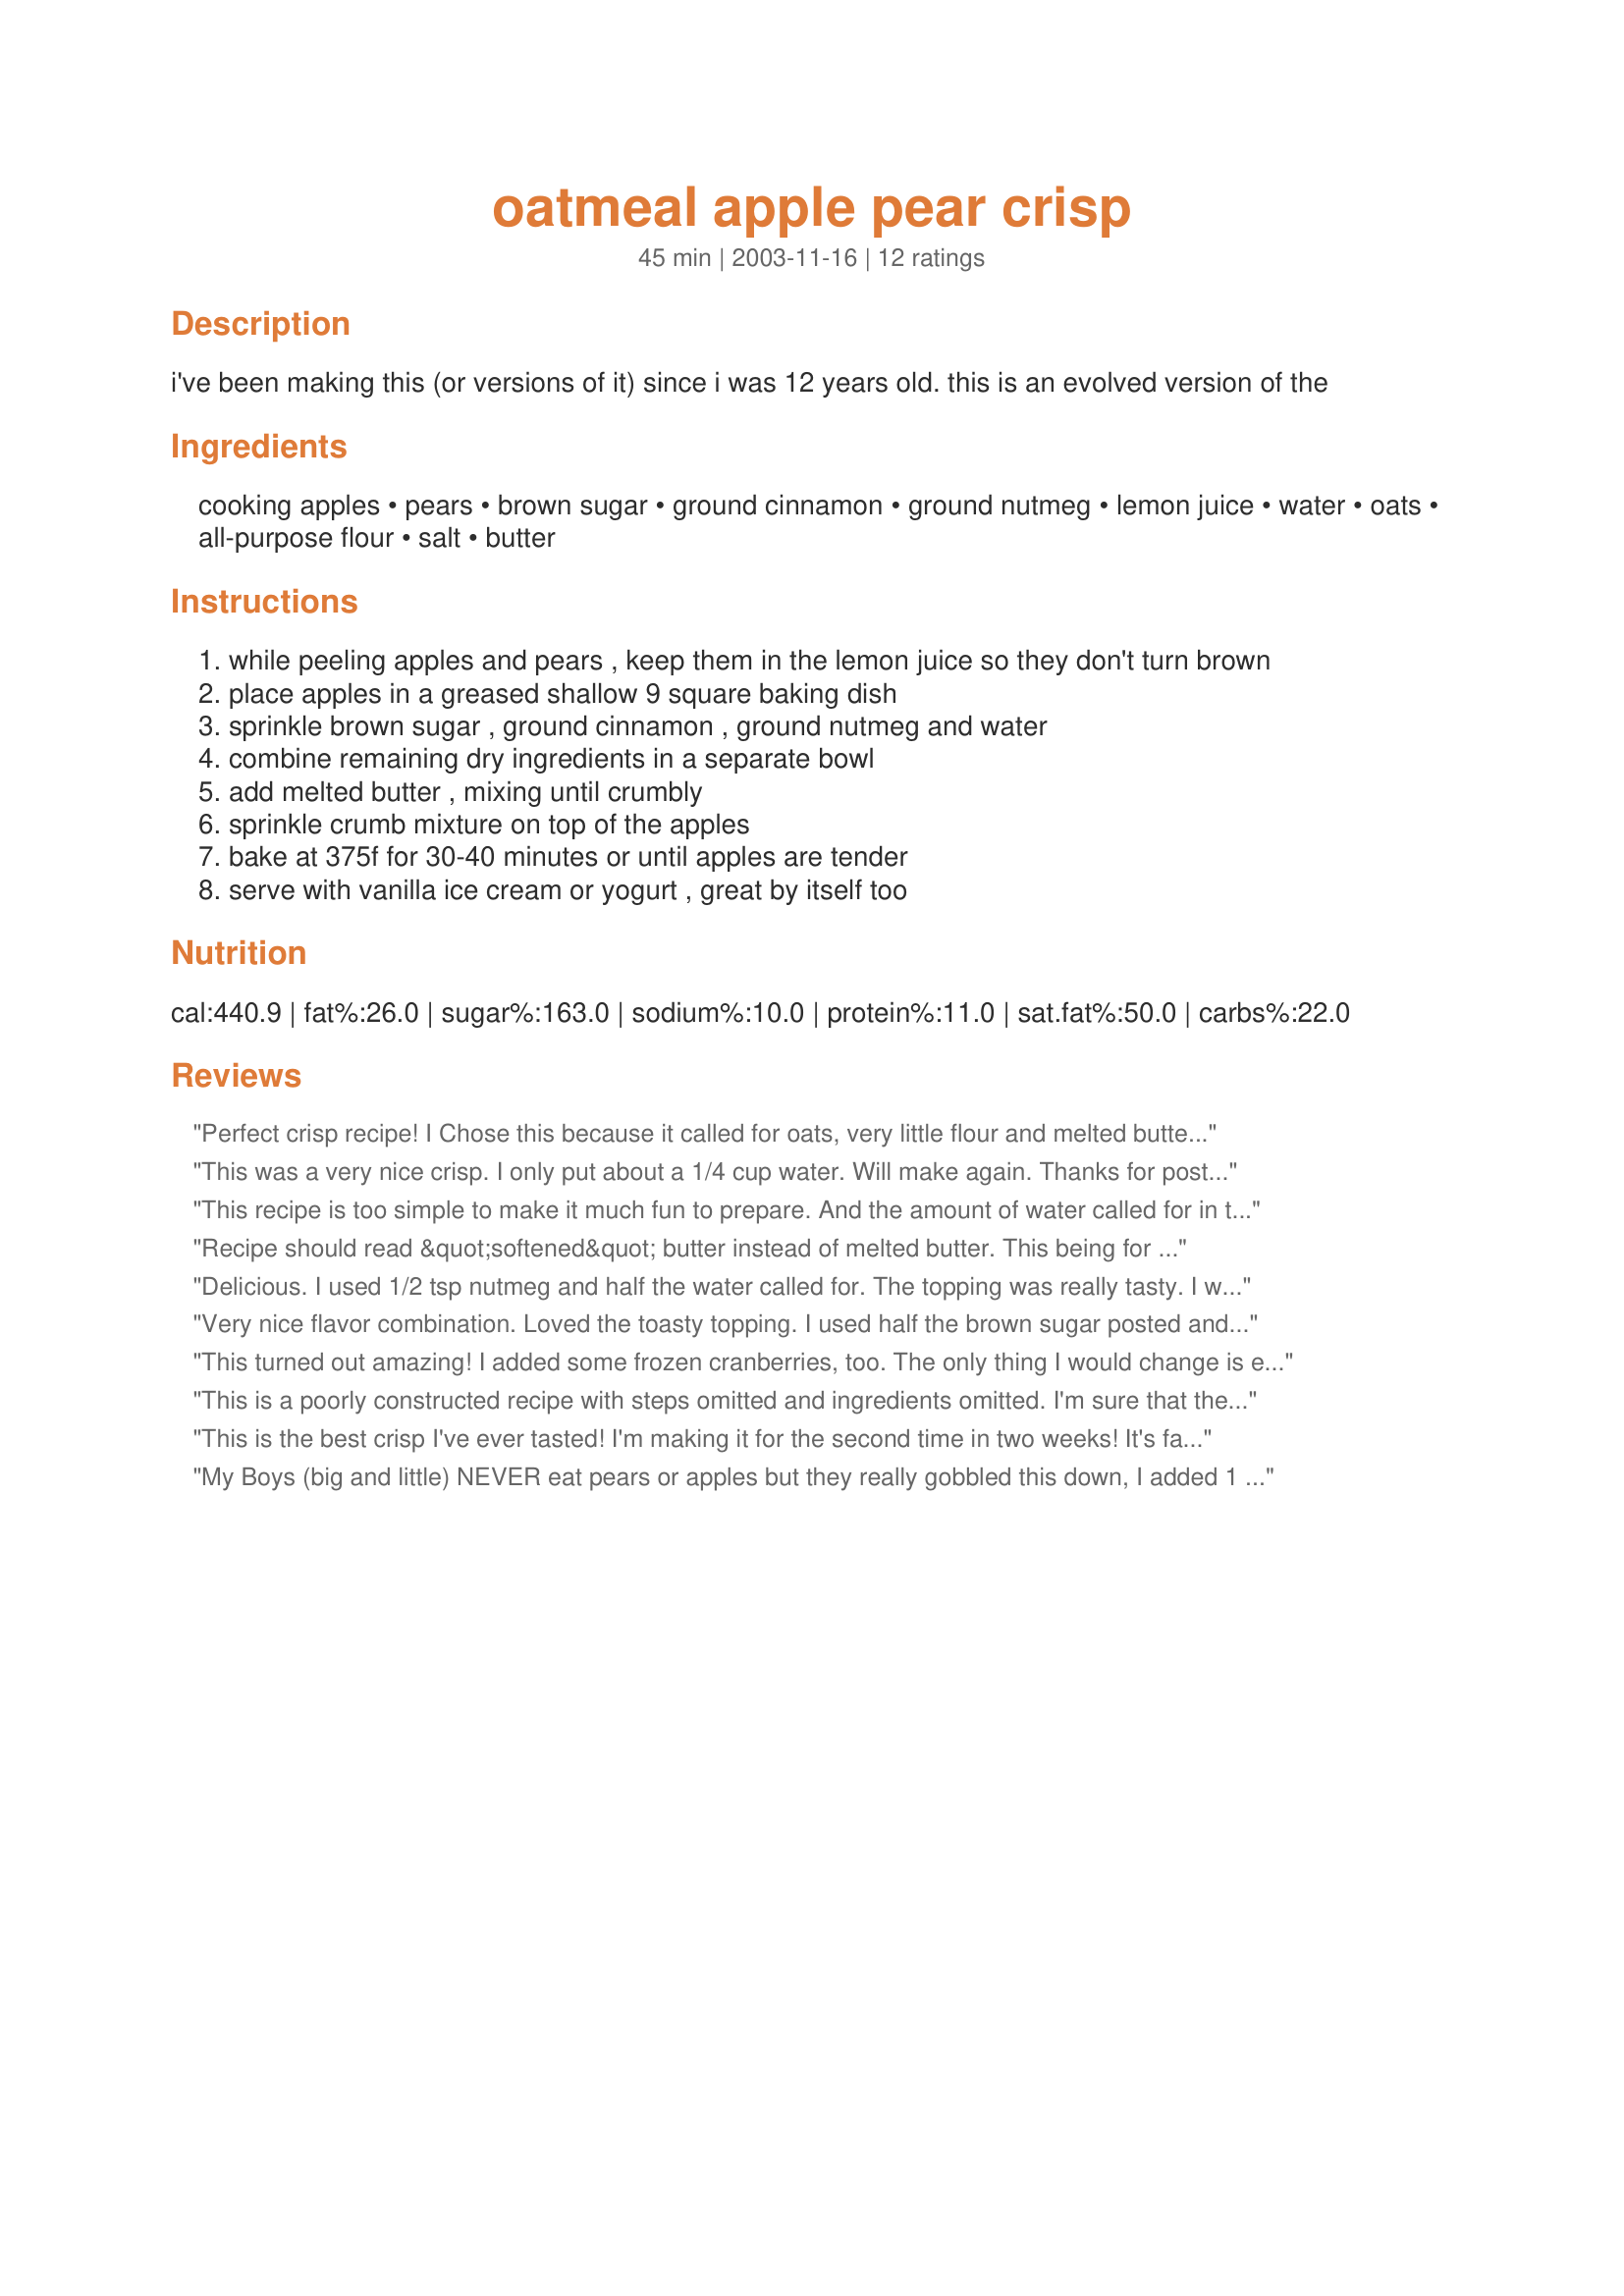
oatmeal apple pear crisp
Preparation time: 45 minutes

i've been making this (or versions of it) since i was 12 years old. this is an evolved version of the

Ingredients:
cooking apples, pears, brown sugar, ground cinnamon, ground nutmeg, lemon juice, water, oats, all-purpose flour, salt, butter

Steps:
while peeling apples and pears , keep them in the lemon juice so they don't turn brown
place apples in a greased shallow 9 square baking dish
sprinkle brown sugar , ground cinnamon , ground nutmeg and water
combine remaining dry ingredients in a separate bowl
add melted butter , mixing until crumbly
sprinkle crumb mixture on top of the apples
bake at 375f for 30-40 minutes or until apples are tender
serve with vanilla ice cream or yogurt , great by itself too

Reviews:
Perfect crisp recipe! I Chose this because it called for oats, very little flour and melted butter (I needed to substitute coconut oil and GF flour due to allergies). It came out great. I used white peaches because I had a ton of them. They are a bit tart, and this recipe really made them nice and mellow without being overly sweet. I also sprinkled in some raisins because I thought the crisp reminded me of oatmeal cookies. No need to pre-soak them, after baking they were plump. Thanks for sharing! I may post my modified allergy-friendly version later.
This was a very nice crisp. I only put about a 1/4 cup water. Will make again. Thanks for posting.
This recipe is too simple to make it much fun to prepare. And the amount of water called for in the recipe is far too much, it does not cook out and the final result is very soupy, though the flavor is not bad.
Recipe should read &quot;softened&quot; butter instead of melted butter. This being for those who have never made a &quot;streusel&quot; type dessert, otherwise they&#039;ll end up with a batter type topping and not crumbly. Otherwise, adjusted it according to the reviews and it turned out pretty good.&lt;br/&gt;Ate it with vanilla bean ice cream and a little caramel sauce on it.
Delicious. I used 1/2 tsp nutmeg and half the water called for. The topping was really tasty. I will difinately make this again.
Very nice flavor combination. Loved the toasty topping. I used half the brown sugar posted and subbed Splenda brown sugar mix. It worked well. I even ate some the next day for breakfast.
This turned out amazing! I added some frozen cranberries, too. The only thing I would change is either not adding water, or less water-- I was using very ripe pears, so they were already really juicy. Also, because I didn't have enough butter on hand, I used 1/2 of the amount of the butter and the other 1/2 Crisco butter flavor shortening. The topping was crumbly and crisp, delicioso!!. My husband couldn't stop eating it-- neither could I ;) Definitely print and keep worthy!
This is a poorly constructed recipe with steps omitted and ingredients omitted. I'm sure that the intentions of the author were good. It appears from the title that this is apple/pear crisp and calls for a total of 5 cups of fruit to be prepared for this dessert yet, it only mentions adding the apples. It also states that the cook should keep the fruit in lemon juice to prevent it from turning brown. YIKES....have you ever submerged fruit into lemon juice??? Pucker up city........This needs to be explained better. What should be done is to briefly cover the fruit in acidulated water (lemon &amp; water) to prevent the fruit sugars from turning brown. As for the rest of the recipe, what's with all of the water? When fruit is cooked it automatically releases LOTS of water/juice so no additional water is necessary. The streusel topping is ok. Omit the water and you will have a good result.
This is the best crisp I've ever tasted! I'm making it for the second time in two weeks! It's fantastic!
My Boys (big and little) NEVER eat pears or apples but they really gobbled this down, I added 1 Cup walnuts to the topping and added 2 extra pears and 1 extra apple.. OMGosh! Deelish!
I doubled this recipe and added a few blackberries. Was very tasty but really watery (I didn&#039;t double the water) No one else seemed to have this issue so not sure what happened there. I also used pumpkin pie spice. I will make again.
This recipe is excellent and great for using up extra pears/apples. I followed the recipe exactly, and the result was a very rich and satisfying dessert. Hubby added a scoop of butterfinger ice cream, and it was to die for. He was still talking about this recipe this morning. Thanks for posting this lovely simple recipe!
